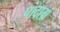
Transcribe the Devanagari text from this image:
पादाग्र